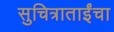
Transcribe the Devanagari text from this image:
सुचित्राताईंचा